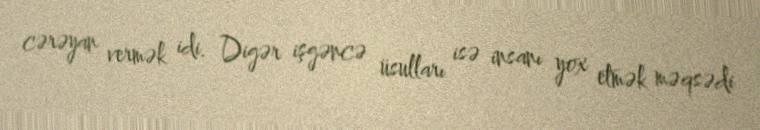
cərəyan vermək idi. Digər işgəncə üsulları isə insanı yox etmək məqsədi